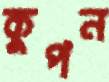
কুপন